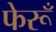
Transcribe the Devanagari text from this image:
फेरूँ